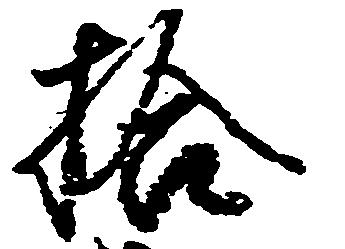
拾